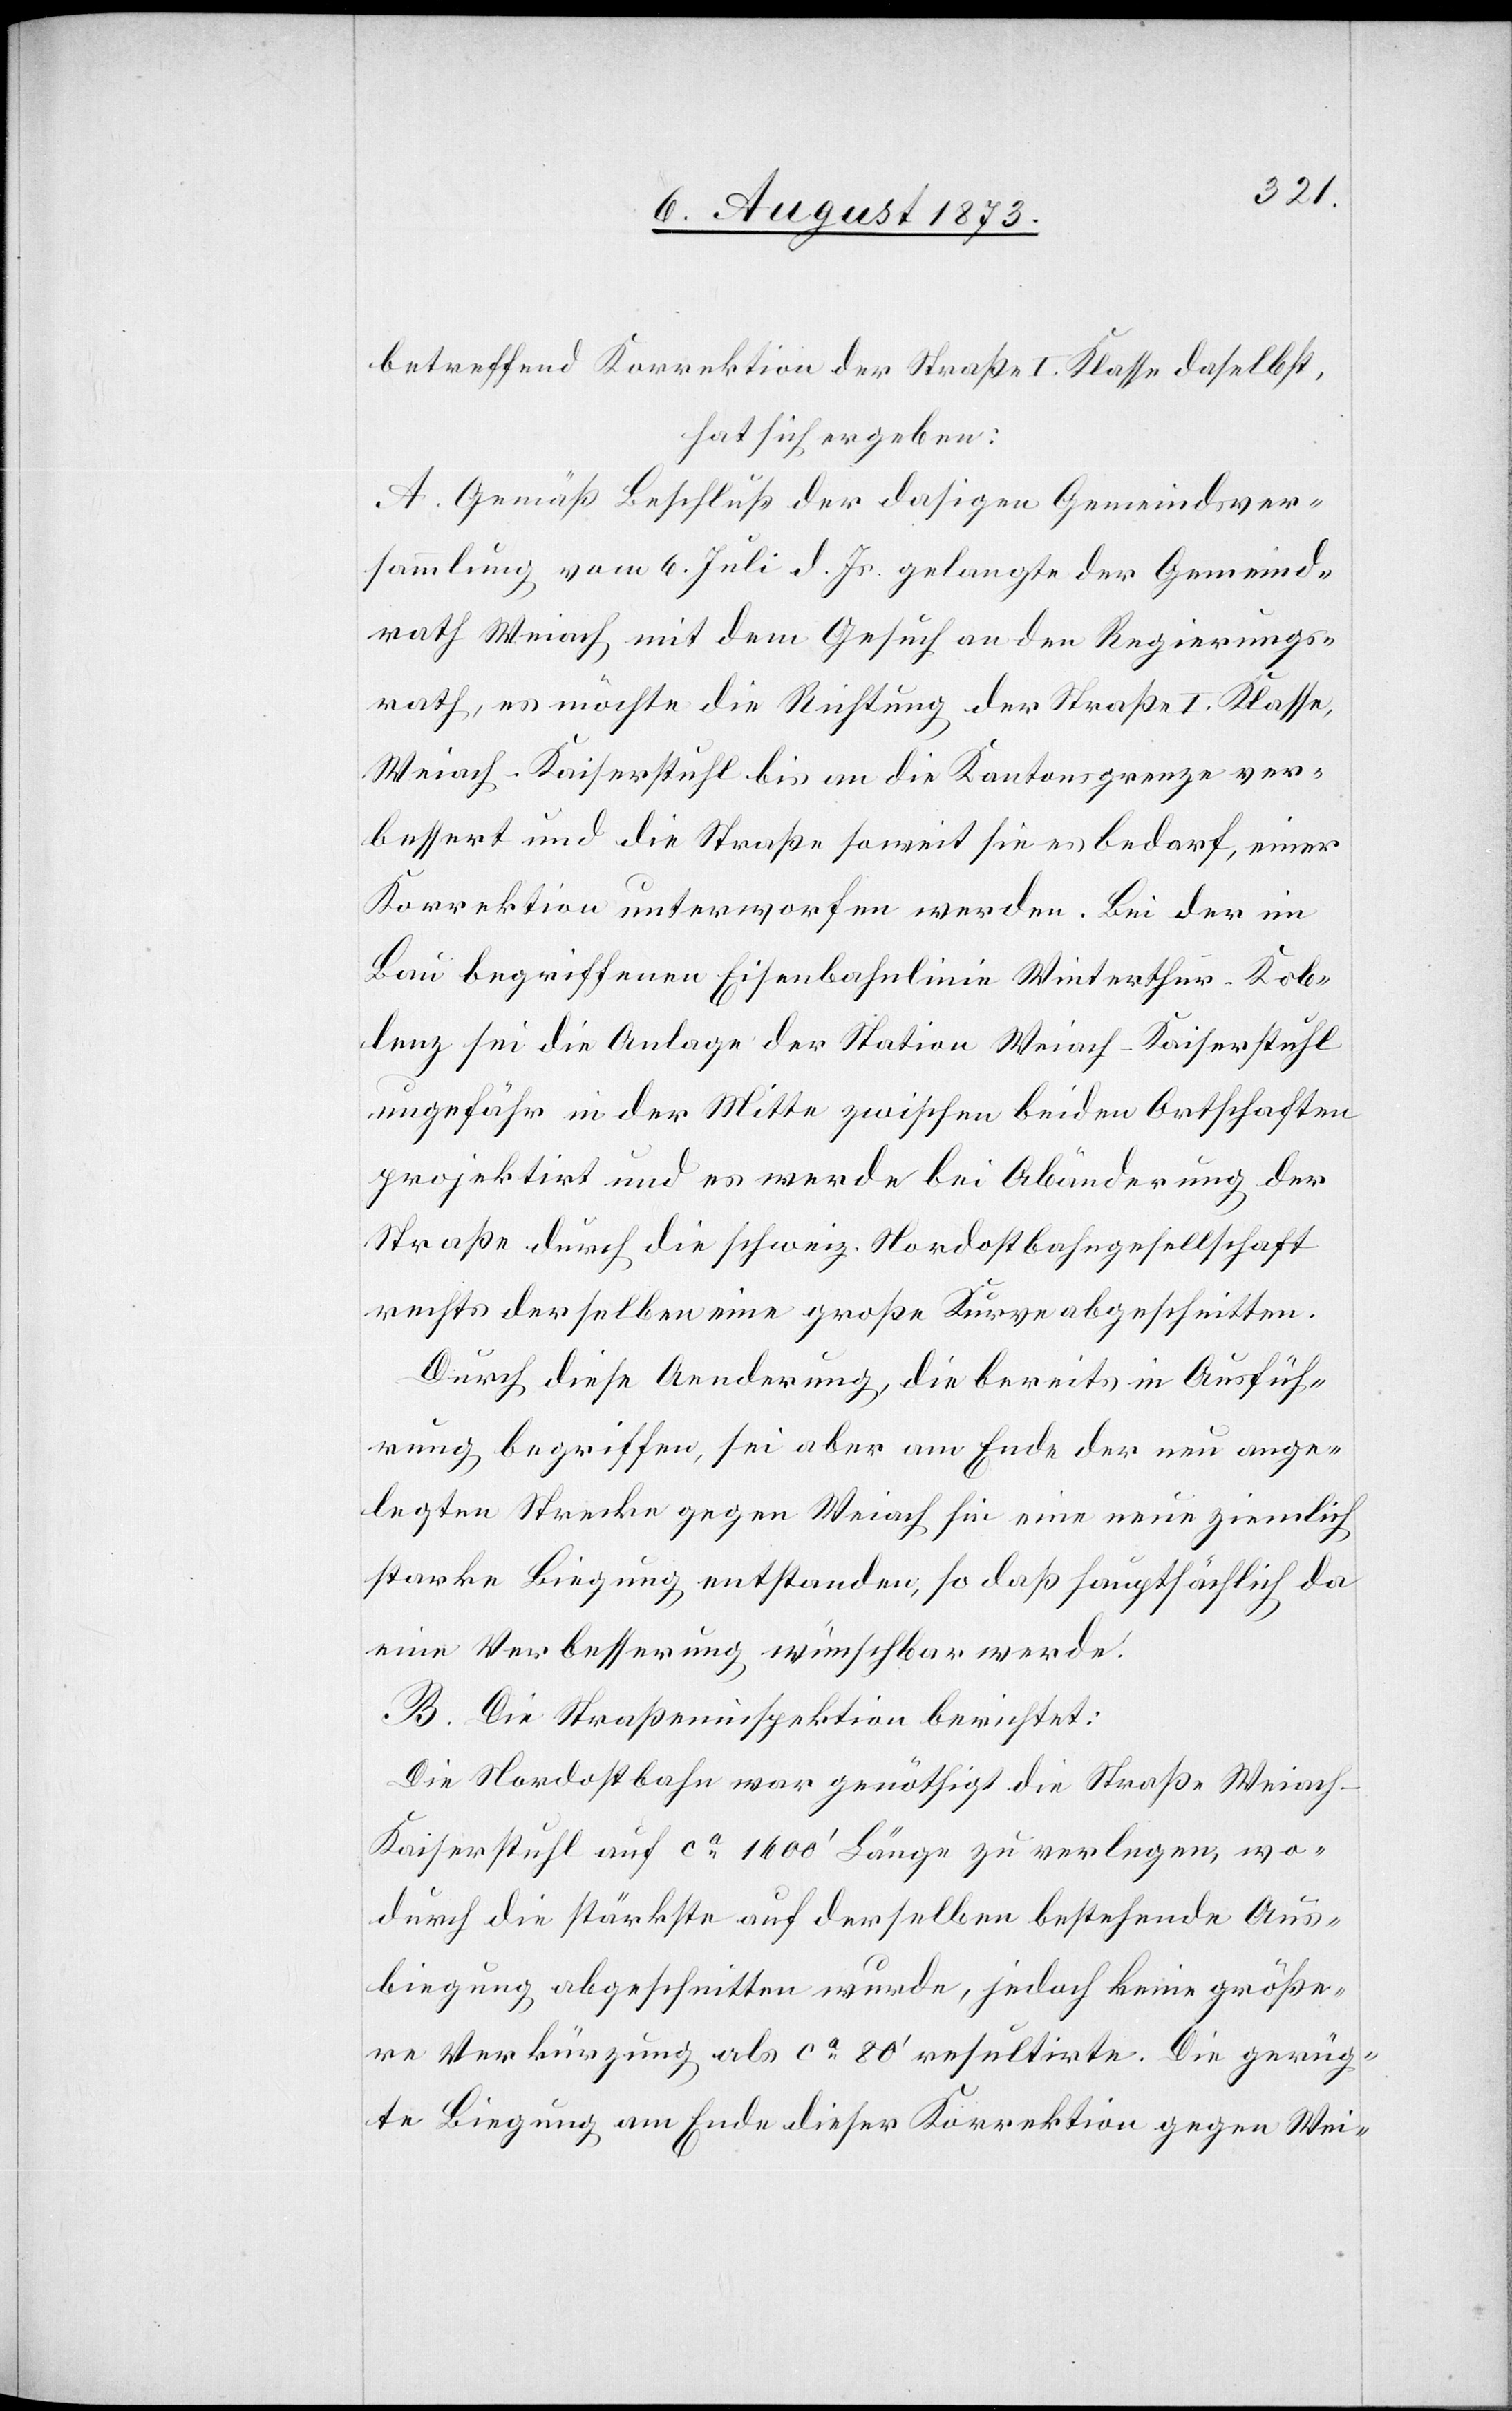
betreffend Korrektion der Straße I. Klasse daselbst,
hat sich ergeben:
A. Gemäß Beschluß der dasigen Gemeindsver¬
sammlung vom 6. Juli d. Js. gelangte der Gemeind¬
rath Weiach mit dem Gesuch an den Regierungs¬
rath, es möchte die Richtung der Straße I. Klasse,
Weiach–Kaiserstuhl bis an die Kantonsgrenze ver¬
bessert und die Straße soweit sie es bedarf, einer
Korrektion unterworfen werden. Bei der im
Bau begriffenen Eisenbahnlinie Winterthur–Kob¬
lenz sei die Anlage der Station Weiach–Kaiserstuhl
ungefähr in der Mitte zwischen beiden Ortschaften
projektirt und es werde bei Abänderung der
Straße durch die schweiz. Nordostbahngesellschaft
rechts derselben eine große Kurve abgeschnitten.
Durch diese Aenderung, die bereits in Ausfüh¬
rung begriffen, sei aber am Ende der neu ange¬
legten Strecke gegen Weiach hin eine neue ziemlich
starke Biegung entstanden, so daß hauptsächlich da
eine Verbesserung wünschbar werde.
B. Die Straßeninspektion berichtet:
Die Nordostbahn war genöthigt die Straße Weiac¬
h–Kaiserstuhl auf ca 1 600‘ Länge zu verlegen, wo¬
durch die stärkste auf derselben bestehende Aus¬
biegung abgeschnitten wurde, jedoch keine größe¬
re Verkürzung als ca 80‘ resultirte. Die gerüg¬
te Biegung am Ende dieser Korrektion gegen Wei-